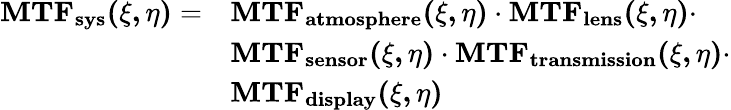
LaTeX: {\begin{array}{rl}{\mathbf{MTF_{sys}(\xi,\eta)}=}&{\mathbf{MTF_{atmosphere}(\xi,\eta)\cdot MTF_{lens}(\xi,\eta)\cdot}}\\ &{\mathbf{MTF_{sensor}(\xi,\eta)\cdot MTF_{transmission}(\xi,\eta)\cdot}}\\ &{\mathbf{MTF_{display}(\xi,\eta)}}\end{array}}